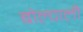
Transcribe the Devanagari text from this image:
बोल्चाली